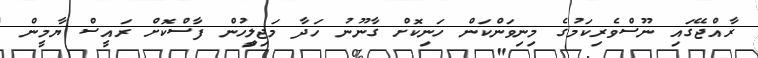
ރާއްޖޭގައި ނޫސްވެރިކަމުގެ މިނިވަންކަން ހަނިކޮށް ގާނޫނު ހަދާ މަޖިލީިހުން ފާސްކޮށް ރައީސް ޔާމީން